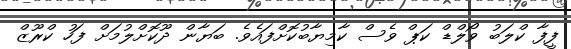
ފީފާ ކްލަބު ވޯލްޑް ކަޕް ވެސް ކާމިޔާބުކޮށްފައެވެ. ބަޔާން ދޫކޮށްލުމަށް ފަހު ކްރޫޒް